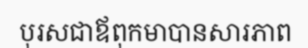
បុរសជាឪពុកមាបានសារភាព